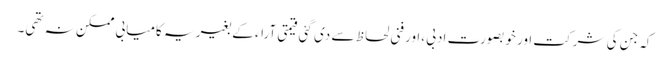
کہ جن کی شرکت اور خوبصورت ادبی ،اور فنی لحاظ سے دی گئی قیمتی آراء کے بغیر یہ کامیابی ممکن نہ تھی۔